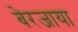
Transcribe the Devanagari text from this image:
बेरजाया